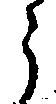
う